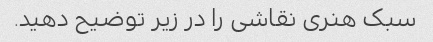
سبک هنری نقاشی را در زیر توضیح دهید.